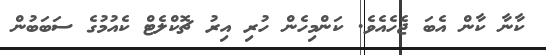
ކާނާ ކާން އެބަ ޖެހެއެވެ. ކަންމިހެން ހުރި އިރު ޗޮކްލެޓް ކެއުމުގެ ސަބަބުން